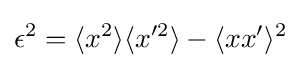
\epsilon ^{2}=\langle x^{2}\rangle \langle x'^{2}\rangle -\langle xx'\rangle ^{2}